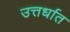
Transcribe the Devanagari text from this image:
उत्तर्धात